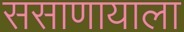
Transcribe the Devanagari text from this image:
ससाणायाला